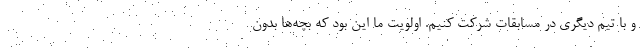
و با تیم دیگری در مسابقات شرکت کنیم. اولویت ما این بود که بچه‌ها بدون